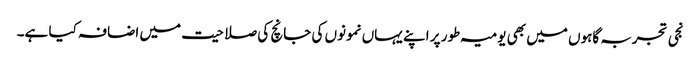
نجی تجربہ گاہوں میں بھی یومیہ طور پر اپنے یہاں نمونوں کی جانچ کی صلاحیت میں اضافہ کیا ہے۔